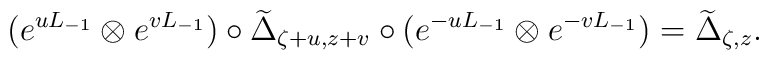
(e^{u L_{-1}}\otimes e^{v L_{-1}})\circ{\widetilde \Delta}_{\zeta +u,z +v}\circ(e^{-u L_{-1}}\otimes e^{-v L_{-1}}) = {\widetilde \Delta}_{\zeta,z}.